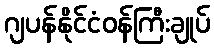
ဂျပန်နိုင်ငံဝန်ကြီးချုပ်